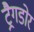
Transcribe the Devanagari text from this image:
ट्रैगडोर